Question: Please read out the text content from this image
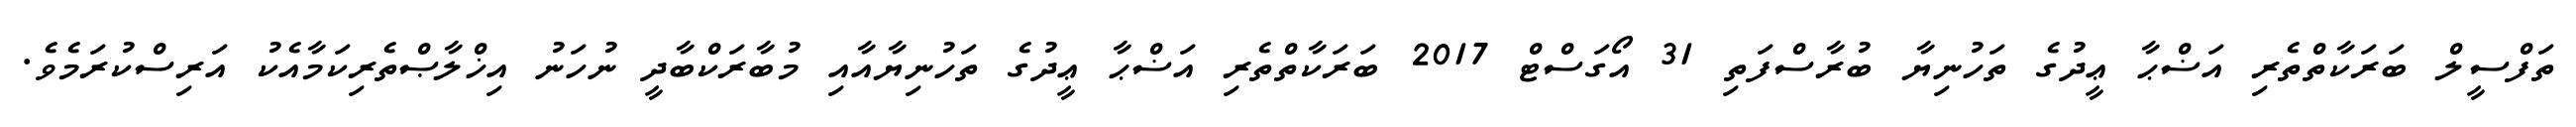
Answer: ތަފްސީލް ބަރަކާތްތެރި އަޟްޙާ ޢީދުގެ ތަހުނިޔާ ބުރާސްފަތި 31 އޯގަސްޓް 2017 ބަރަކާތްތެރި އަޟްޙާ ޢީދުގެ ތަހުނިޔާއާއި މުބާރަކްބާދީ ނުހަނު އިޚްލާޞްތެރިކަމާއެކު އަރިސްކުރަމެވެ.